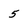
Character: 5